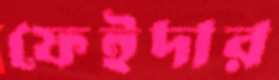
ফেইদার